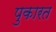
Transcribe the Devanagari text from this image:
पुकारत